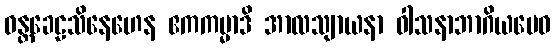
ဝန္တခေဠသိနေဟေန ဧကကမ္မာဒိ အာလသျာယနာ ဝါသနာဘာဂိယမေဝ